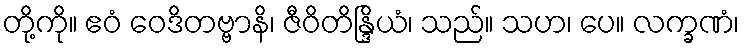
တို့ကို။ ဧဝံ ဝေဒိတဗ္ဗာနိ၊ ဇီဝိတိန္ဒြိယံ၊ သည်။ သဟ၊ ပေ။ လက္ခဏံ၊